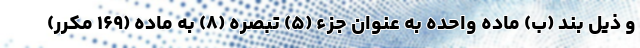
و ذیل بند (ب) ماده واحده به عنوان جزء (۵) تبصره (۸) به ماده (۱۶۹ مکرر)